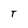
Character: T